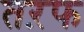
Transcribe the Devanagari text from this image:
तऱफ